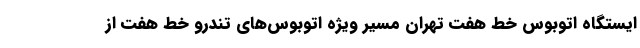
ایستگاه اتوبوس خط هفت تهران مسیر ویژه اتوبوس‌های تندرو خط هفت از